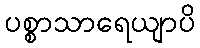
ပစ္စာသာရေယျာပိ